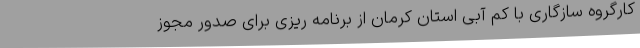
کارگروه سازگاری با کم آبی استان کرمان از برنامه ریزی برای صدور مجوز